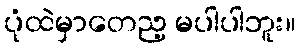
ပုံထဲမှာတေည့ မပါပါဘူး။